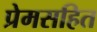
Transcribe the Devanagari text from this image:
प्रेमसहित